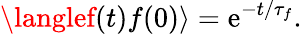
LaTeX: \langlef(t)f(0)\rangle=\mathrm{e}^{-t/\tau_{f}}.